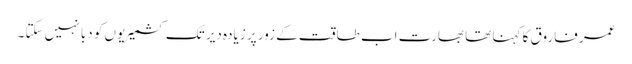
عمر فاروق کا کہنا تھا بھارت اب طاقت کے زور پر زیادہ دیر تک کشمیریوں کو دبا نہیں سکتا ۔